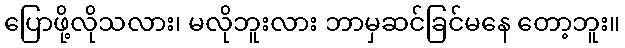
ပြောဖို့လိုသလား၊ မလိုဘူးလား ဘာမှဆင်ခြင်မနေ တော့ဘူး။